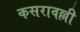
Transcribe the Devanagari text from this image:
कसरावल्ली